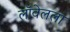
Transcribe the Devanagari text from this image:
लॉवेलला